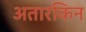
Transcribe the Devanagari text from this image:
अतारकिन